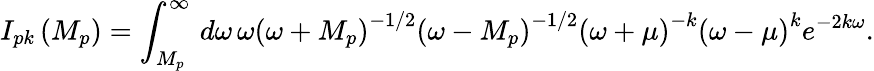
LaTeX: I_{pk}\left(M_{p}\right)=\int_{M_{p}}^{\infty}\, d\omega\, \omega\left(\omega+M_{p}\right)^{-1/2}\left(\omega-M_{p}\right)^{-1/2}\left(\omega+\mu\right)^{-k}\left(\omega-\mu\right)^{k}e^{-2k\omega}.